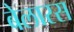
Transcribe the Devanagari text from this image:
बेलारस